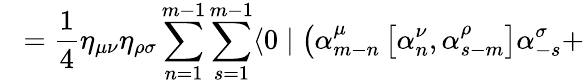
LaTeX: \; \; \; =\frac{1}{4}{\eta}_{\mu\nu}{\eta}_{\rho\sigma}\sum_{n=1}^{m-1}\sum_{s=1}^{m-1}\langle 0\mid\left({\alpha}_{m-n}^{\mu}\left[{\alpha}_{n}^{\nu},{\alpha}_{s-m}^{\rho}\right]{\alpha}_{-s}^{\sigma}+\right.